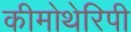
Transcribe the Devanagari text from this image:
कीमोथेरिपी